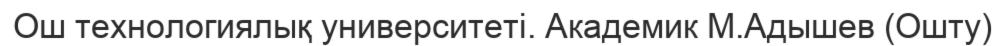
Ош технологиялық университеті. Академик М.Адышев (Ошту)